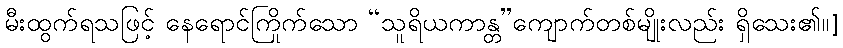
မီးထွက်ရသဖြင့် နေရောင်ကြိုက်သော “သူရိယကာန္တ”ကျောက်တစ်မျိုးလည်း ရှိသေး၏၊၊]